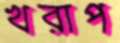
খরাপ